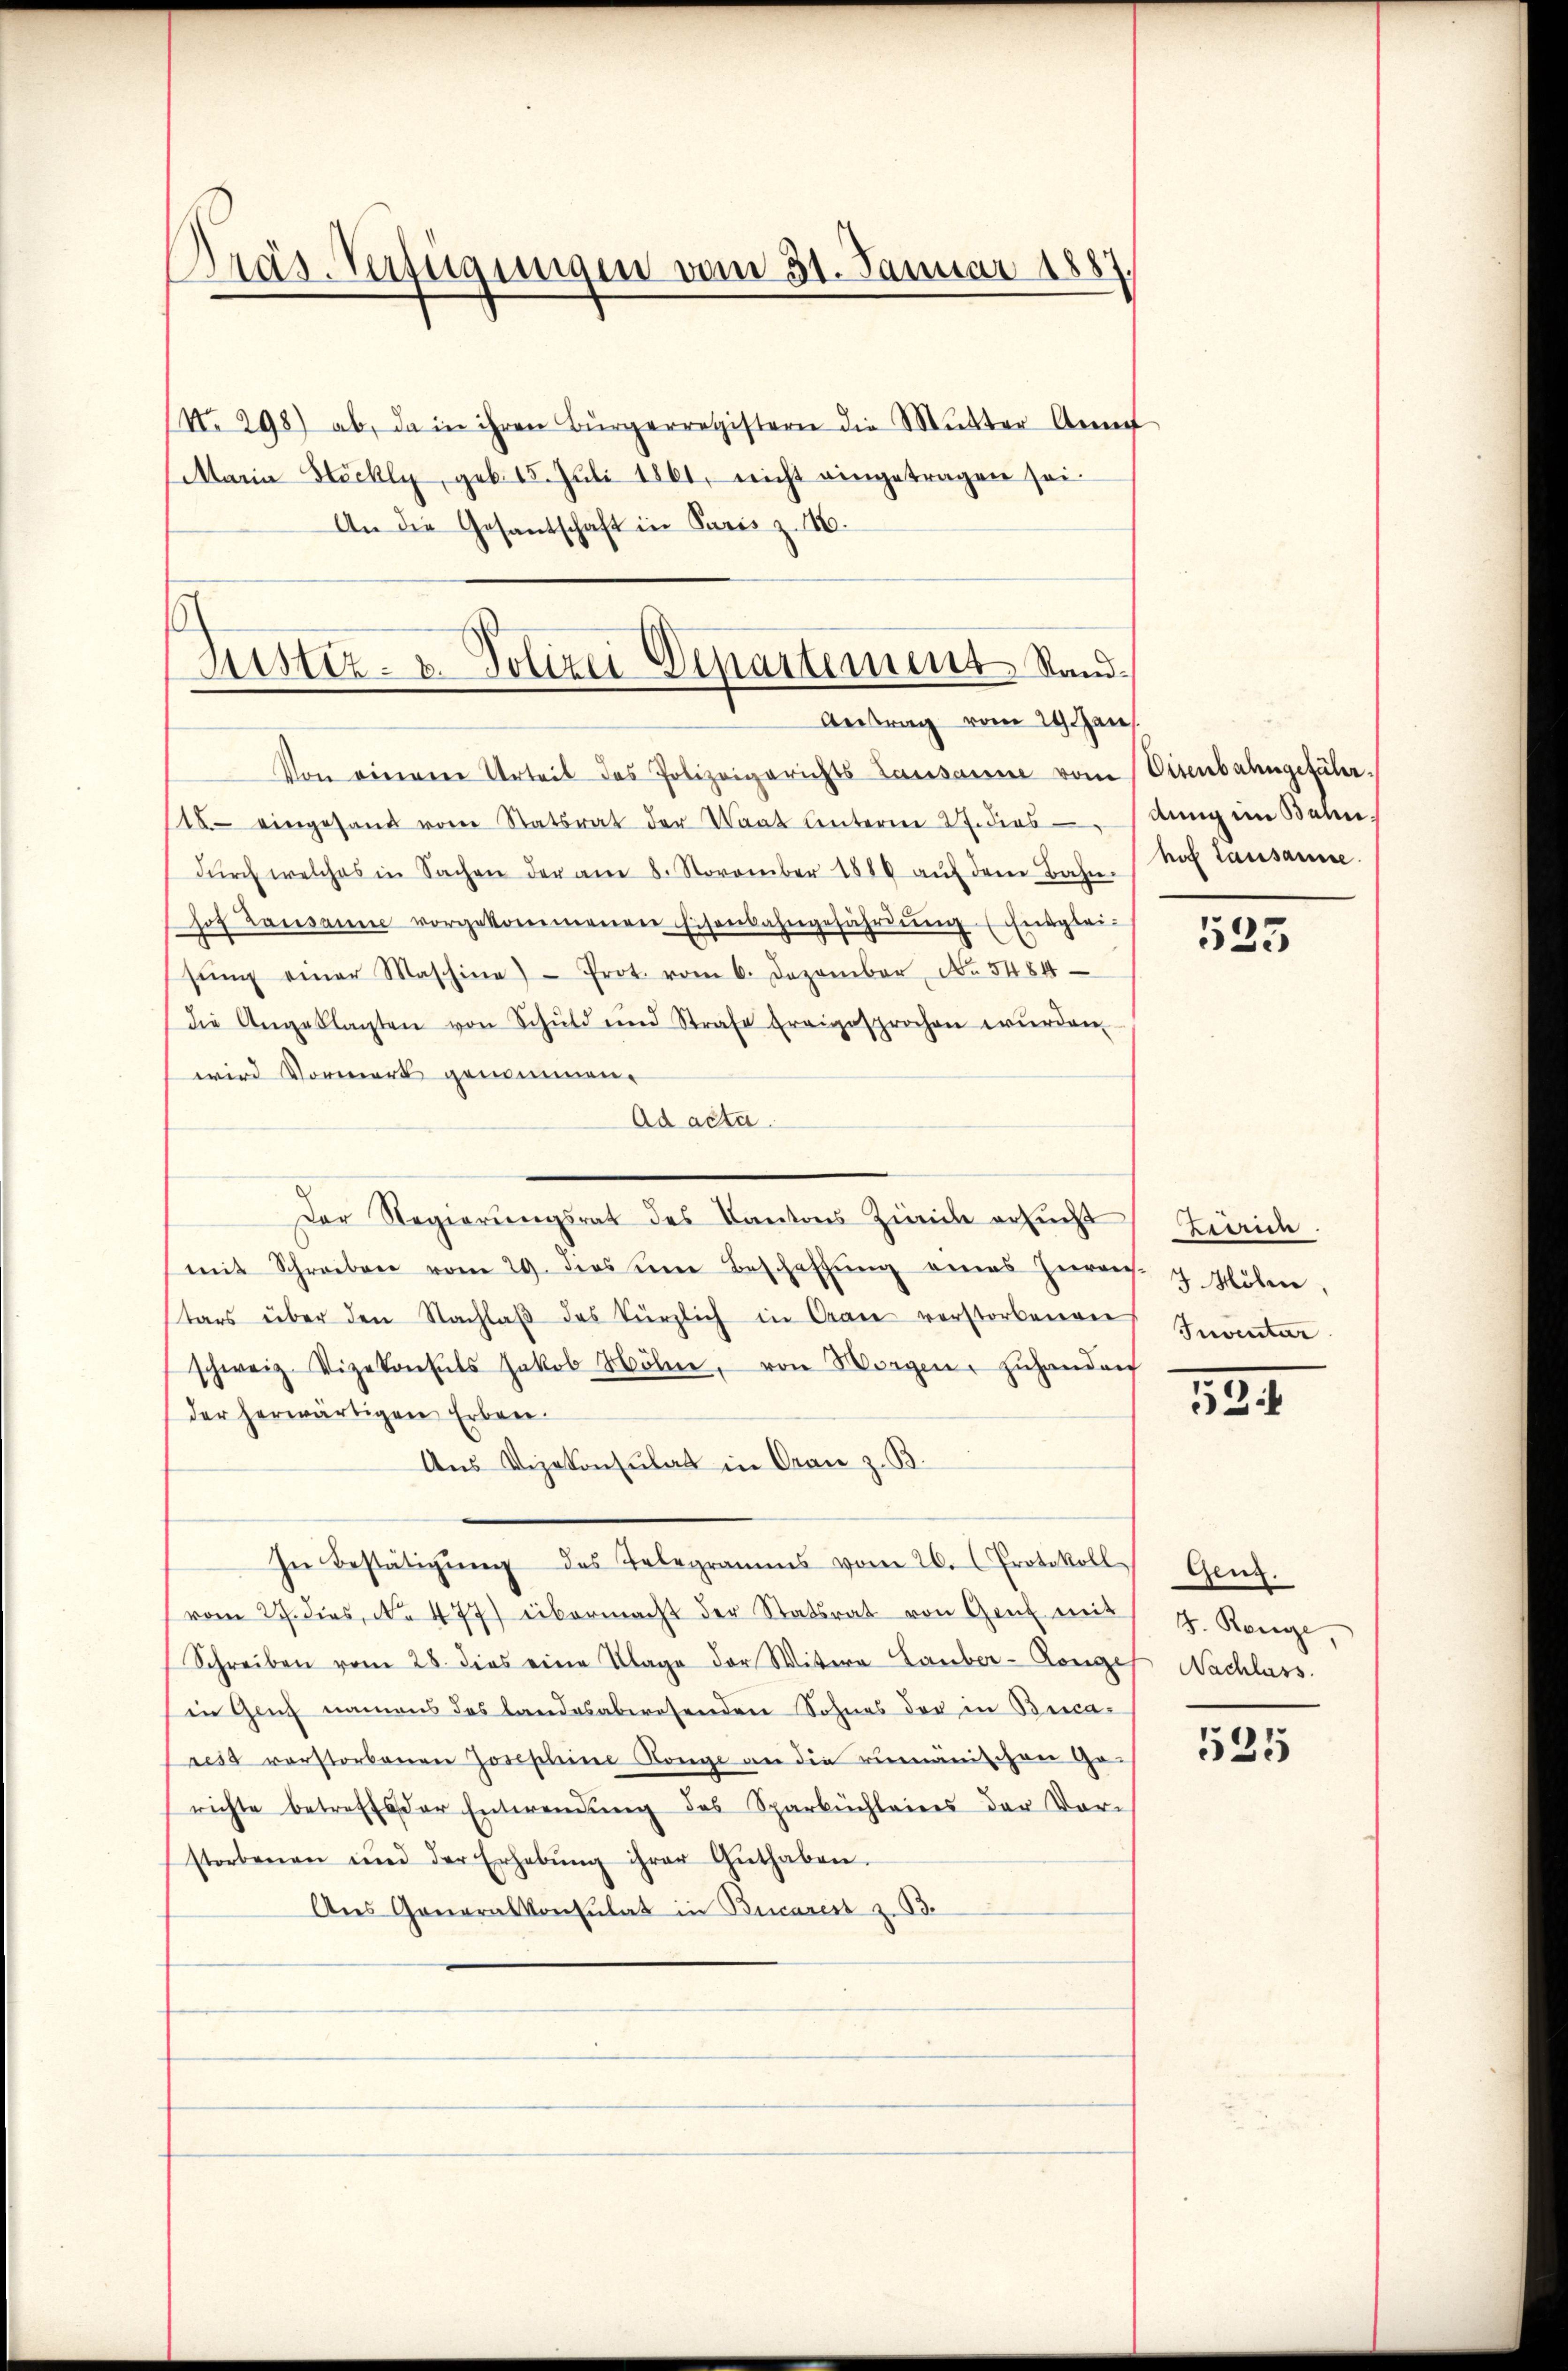
Präs-Verfügungen vom 31. Januar 1887
¬

No. 298) ab, da in ihren Bürgerregistern die Mutter Ann
Maria Stöckly, geb. 15. Jŭli 1861, nicht eingetragen sei.
An die Gesantschaft in Paris z. 16.
Von eineren Urteil des Polizeigerichts Lausanne vom Eisenbahngeführ¬
1 eingesand von Statsrat der Waat unterm 27. dies Anng im Bahn
dŭrch welches in Sachen der am 8. November 1880 aŭf dem Bahn-
hof Lausanne vorgekommenen Eisenbahngefährdung (Entgleisŭng einer Maschine) - Prot. vom 6. Dezember No. 5484
die Angeklagten von Schuld und Strafe Ereigesprochen wurden
wird Vormerk genommen.
Ad acta.
Der Regierŭngsrat des Kantons Zürich ersucht
mit Schreiben vom 29. dies eine Beschaffŭng eines Herrech-
tars über den Nachlaβ des kürzlich in Cran verstorbenen
schweiz. Vizekonsuls Jakob Höhne, von Morgen zuhanden
der herwärtigen Erbene
Aus Vizekonsulat in Oran z. B.
In Bestätigŭng des Telegramms vom 26. Protokoll
vom 27. dies, No. 477) übermacht der Statsrat von Genf mit
Schreiben vom 28. dies eine Klage der Wittern Lauber-Ronges
in Genf namens des Landesabwesenden Sohnes der in Burcar
rest verstorbenen Josephine Range an die rumänischen Gerichte betreffs der Entwendung des Sparküchleines der Vor-
storbenen und der Erhebŭng ihrer Guthaben.
Aus Goneralkonsulat in Bucarest z. B.

Justiz- & Polizei Departement Stand¬
Antrag vom 29. an

hof Lausanne.

533

Linnen.
3 Mölin,
Inventar

184

Genz.
J. Konze
Nachlass.

535